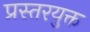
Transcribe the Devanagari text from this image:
प्रस्तरयुक्त